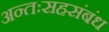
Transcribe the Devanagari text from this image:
अन्तःसहसंबंध